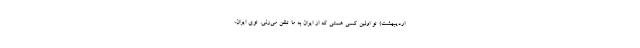
ارديبهشت) تو اولين كسي هستي كه از ايران به ما تلفن مي‌زني. توي ايران،